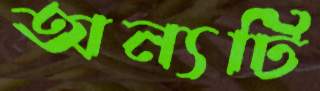
অন্যটি